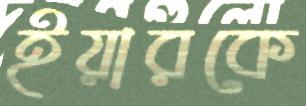
ইয়ারকে